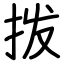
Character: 拨